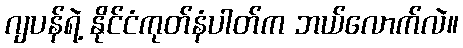
ဂျပန်ရဲ့ နိုင်ငံကုတ်နံပါတ်က ဘယ်လောက်လဲ။